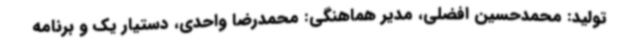
تولید: محمدحسین افضلی، مدیر هماهنگی: محمدرضا واحدی، دستیار یک و برنامه